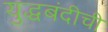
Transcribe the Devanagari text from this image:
युद्धबंदीची